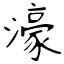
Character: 濠